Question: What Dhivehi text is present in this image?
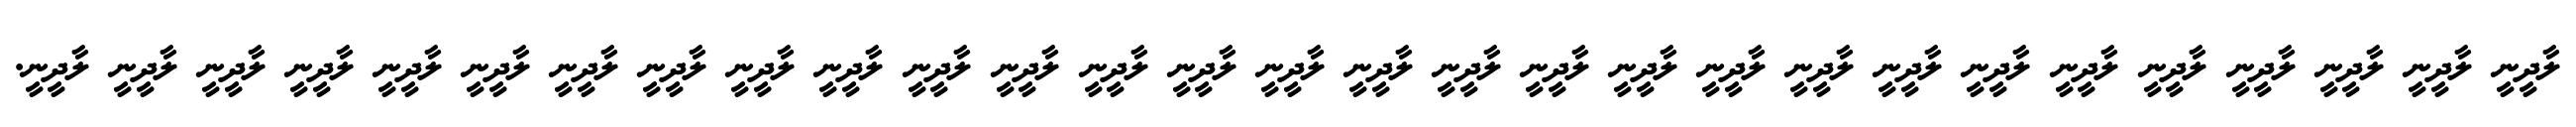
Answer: ލާދީނީ ލާދީނީ ލާދީނީ ލާދީނީ ލާދީނީ ލާދީނީ ލާދީނީ ލާދީނީ ލާދީނީ ލާދީނީ ލާދީނީ ލާދީނީ ލާދީނީ ލާދީނީ ލާދީނީ ލާދީނީ ލާދީނީ ލާދީނީ ލާދީނީ ލާދީނީ ލާދީނީ ލާދީނީ ލާދީނީ ލާދީނީ ލާދީނީ ލާދީނީ ލާދީނީ ލާދީނީ ލާދީނީ.